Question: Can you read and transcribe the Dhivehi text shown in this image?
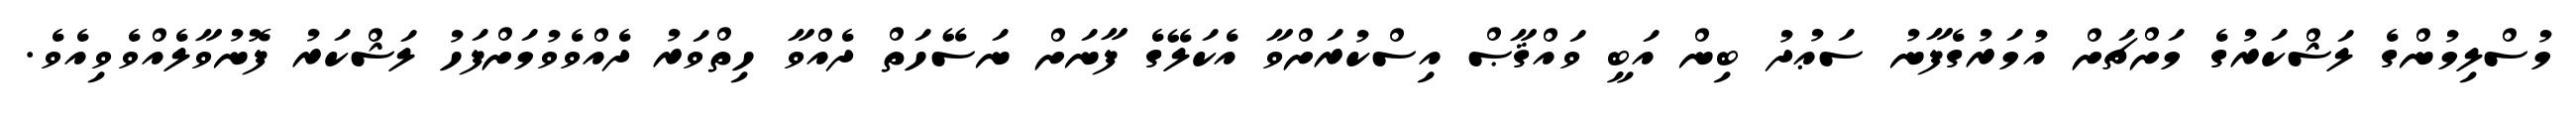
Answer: މުސްލިމުންގެ ލަޝްކަރުގެ މަށްޗަށް އުމަރުގެފާނު ސަޢުދު ބިން އަބީ ވައްޤާޞް އިސްކުރަށްވާ އެކަލޭގެ ފާނަށް ނަސޭހަތް ދެއްވާ ހިތްވަރު ދެއްވެވުމަށްފަހު ލަޝްކަރު ފޮނުވާލެއްވެވިއެވެ.